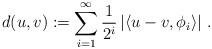
LaTeX: \begin{align*}d(u,v):=\sum_{i=1}^{\infty}\frac{1}{2^{i}}\left|\left\langle u-v,\phi_{i}\right\rangle \right|\,.\end{align*}